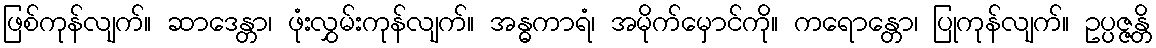
ဖြစ်ကုန်လျက်။ ဆာဒေန္တာ၊ ဖုံးလွှမ်းကုန်လျက်။ အန္ဓကာရံ၊ အမိုက်မှောင်ကို။ ကရောန္တော၊ ပြုကုန်လျက်။ ဥပ္ပဇ္ဇန္တိ